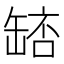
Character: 𮉵